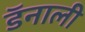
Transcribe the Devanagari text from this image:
डॅनाली